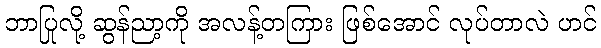
ဘာပြုလို့ ဆွန်ညာ့ကို အလန့်တကြား ဖြစ်အောင် လုပ်တာလဲ ဟင်